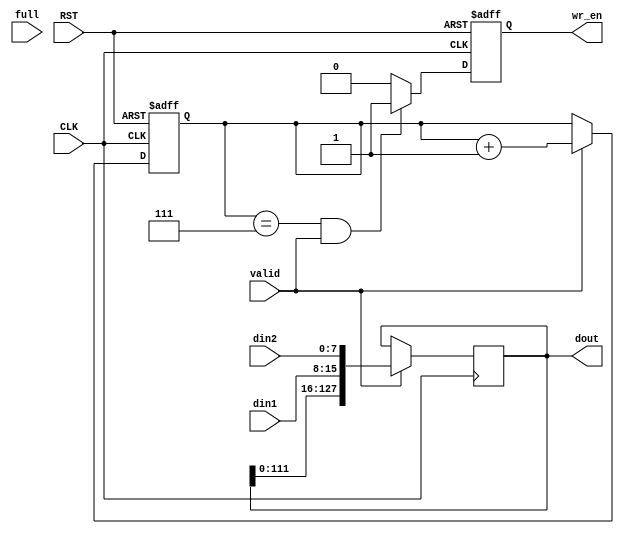

module adtop 
  (
   input              CLK,
   input              RST,

   input [7:0]        din1,
   input [7:0]        din2,
   input              valid,

   output reg [127:0] dout,
   output reg         wr_en,
   input              full
   );

   localparam counter_top = 3'd7;
   reg [2:0]          counter;

   always @(posedge CLK) begin
      if (valid)
        dout <= {dout[111:0], din1, din2};
      
   end

   always @(posedge CLK or negedge RST)
     if (!RST) begin
        counter <= 3'd0;
     end else begin
        if (valid)
          counter <= counter + 3'd1;
     end

   always @(posedge CLK or negedge RST)
     if (!RST) begin
        wr_en <= 1'b0;
     end else begin
        if (counter == counter_top && valid)
          wr_en <= 1'b1;
        else
          wr_en <= 1'b0;
     end


endmodule